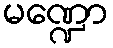
မဏ္ဍော